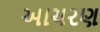
આચરણ